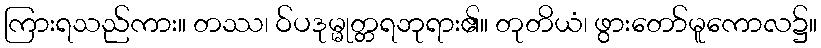
ကြားရသည်ကား။ တဿ၊ ဝ်ပဒုမ္မုတ္တရဘုရား၏။ တုတိယံ၊ ဖွားတော်မူကောလ၌။